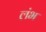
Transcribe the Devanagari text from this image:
लंभ